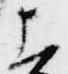
上